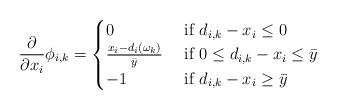
LaTeX: \begin{align*}\frac{\partial}{\partial x_i} \phi_{i,k} = \begin{cases}0 & \mbox{ if }d_{i,k}-x_i\leq 0 \\ \frac{x_i-d_i(\omega_k)}{\bar{y}} & \mbox{ if } 0\leq d_{i,k}-x_i\leq \bar{y} \\ -1 & \mbox{ if }d_{i,k}-x_i \geq \bar{y}\end{cases} \end{align*}